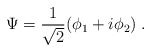
\begin{align*}\Psi = \frac{1}{\sqrt{2}}(\phi_{1} + i\phi_{2})\;.\end{align*}